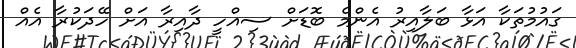
ގައުމުތަކާ އަޅާ ބަލާއިރު އެންމެ ބޮޑަށް ސިއްހީ ދާއިރާ އަށް ހޭދަކުރާ އެއް